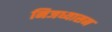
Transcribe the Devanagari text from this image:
निजध्यासन